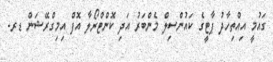
ގައުމީ އިއްތިހާދު ޕާޓީގެ ކައުންސިލް މެންބަރު އަދި ކޮންޓްރޯލާ އޮފް އިމިގްރޭޝަން ޑރ.